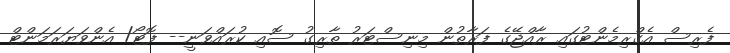
ފެރިސް އެގްރިމެންޓުގައި ރާއްޖޭގެ ފަރާތުން މިނިސްޓަރު ތާރިގު ސޮއި ކުރައްވަނީ-- ފޮޓޯ/ އެންވަޔަރަމަންޓް